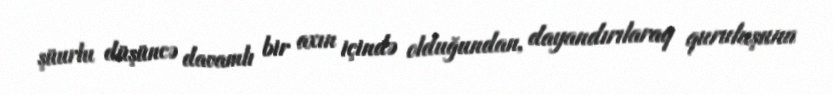
şüurlu düşüncə davamlı bir axın içində olduğundan, dayandırılaraq quruluşuna